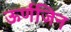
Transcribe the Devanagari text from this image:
ऊर्णजिन